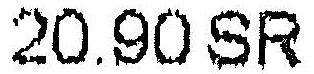
20.90 SR